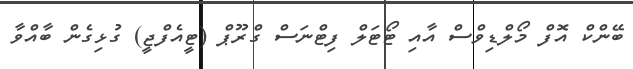
ބޭންކް އޮފް މޯލްޑިވްސް އާއި ޓޯޓަލް ފިޓްނަސް ގްރޫޕް (ޓީއެފްޖީ) ގުޅިގެން ބާއްވާ